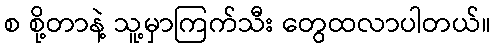
စ စို့တာနဲ့ သူ့မှာကြက်သီး တွေထလာပါတယ်။